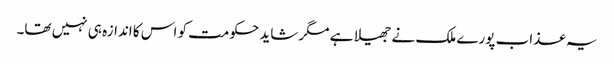
یہ عذاب پورے ملک نے جھیلا ہے مگر شاید حکومت کو اس کا اندازہ ہی نہیں تھا۔